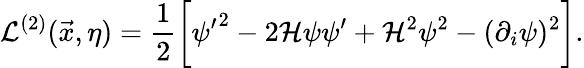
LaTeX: {\cal L}^{(2)}(\vec{x},\eta)=\frac{1}{2}\biggl[{\psi^{\prime}}^{2}-2{\cal H}\psi\psi^{\prime}+{\cal H}^{2}\psi^{2}-(\partial_{i}\psi)^{2}\biggr].